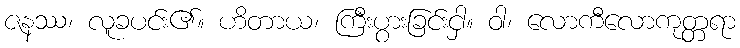
ဇနဿ၊ လူခပင်း၏။ ဟိတာယ၊ ကြီးပွားခြင်းငှါ။ ဝါ၊ လောကီလောကုတ္တရာ